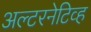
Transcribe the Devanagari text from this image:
अल्टरनेटिव्ह